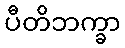
ပီတိဘက္ခာ